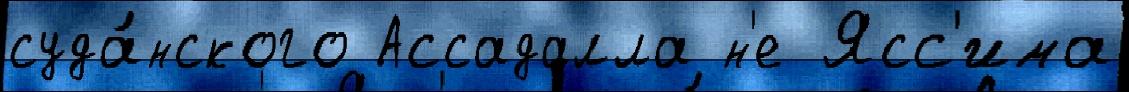
суда́нского Ассадалла н'е Ясс'има